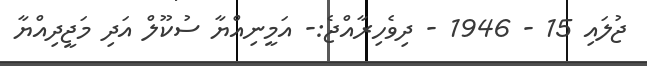
ޖުލައި 15 - 1946 - ދިވެހިރާއްޖެ:- އަމީނިއްޔާ ސުކޫލް އަދި މަޖީދިއްޔާ